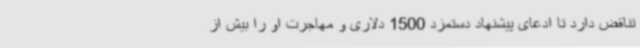
تناقض دارد تا ادعای پیشنهاد دستمزد 1500 دلاری و مهاجرت او را بیش از